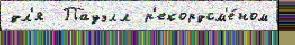
дл'я  Пауэлл р'екордсм'е́ном